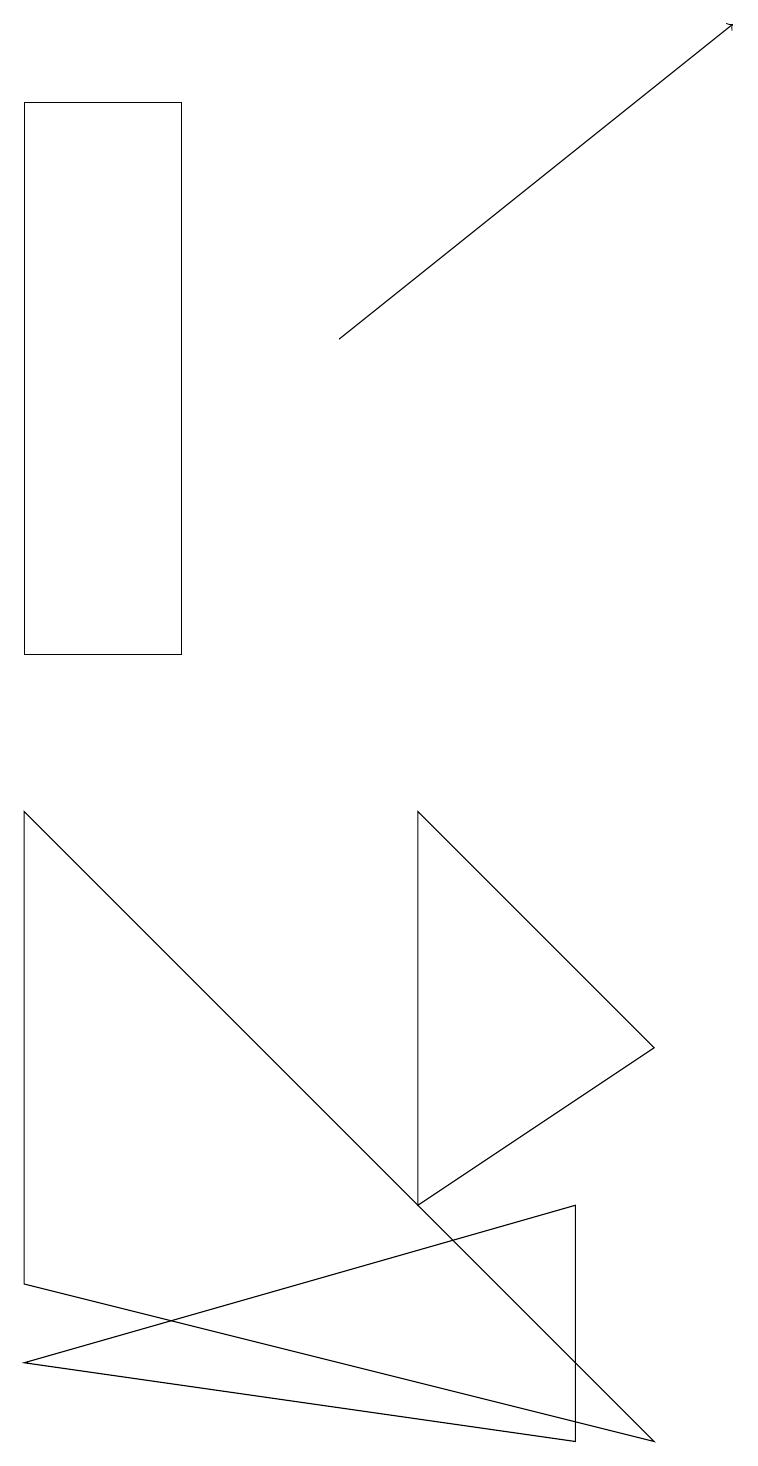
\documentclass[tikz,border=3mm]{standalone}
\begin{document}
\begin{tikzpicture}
\draw (7,1) -- (7,4) -- (0,2) -- cycle;
\draw[->] (4,15) -- (9,19);
\draw (2,11) rectangle (0,18);
\draw (0,9) -- (8,1) -- (0,3) -- cycle;
\draw (8,6) -- (5,9) -- (5,4) -- cycle;
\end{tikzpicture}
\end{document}